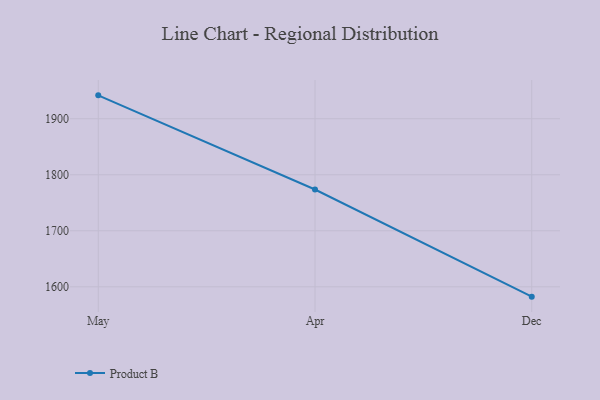
{"axis": {"x": "Month", "y": "Active Users"}, "legend": ["Product B"], "data": [{"x": "May", "y": 1941.8, "type": "Product B"}, {"x": "Apr", "y": 1773.7, "type": "Product B"}, {"x": "Dec", "y": 1582.4, "type": "Product B"}]}